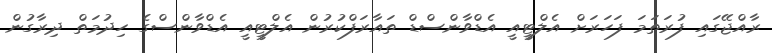
ރާއްޖޭގައި ފުރަތަމަ ފަހަރަށް އެލްޓީއީ އެޑްވާންސްޑް ތައާރަފްކުރުން އެލްޓީއީ އެޑްވާންސްގެ ހިދުމަތް ދިރާގުން